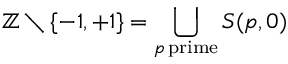
\mathbb { Z } \setminus \{ - 1 , + 1 \} = \bigcup _ { p \mathrm { \, p r i m e } } S ( p , 0 )